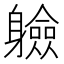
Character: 𮜼